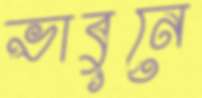
ভাবুনে